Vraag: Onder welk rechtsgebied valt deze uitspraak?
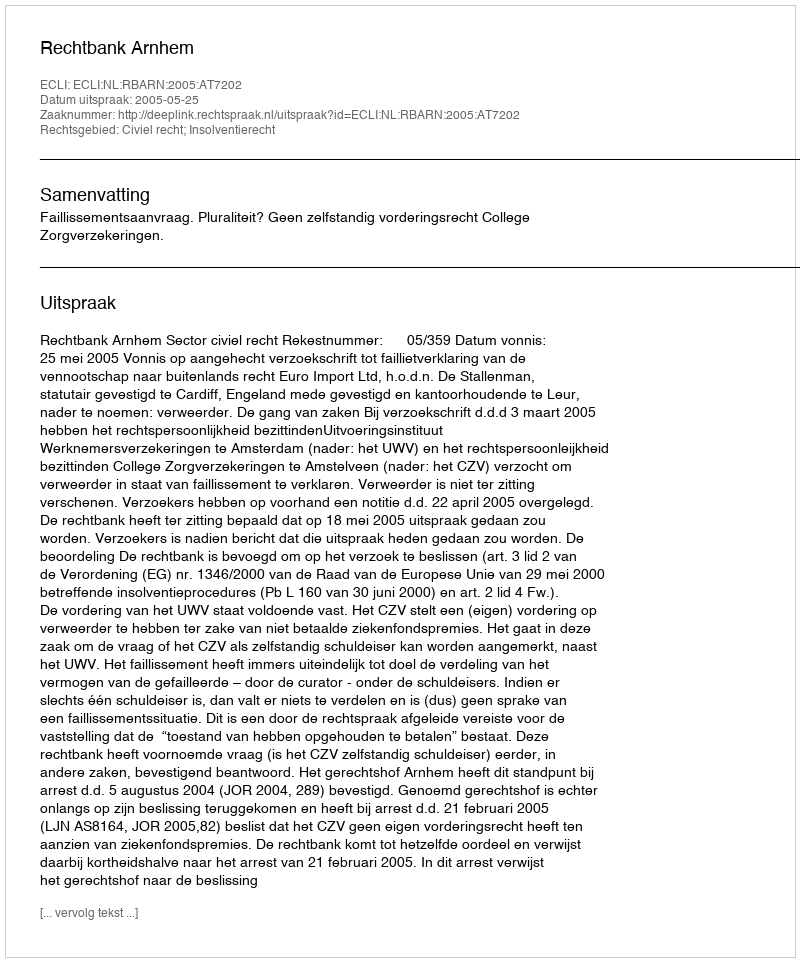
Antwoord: Civiel recht; Insolventierecht